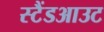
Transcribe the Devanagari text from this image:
स्टैंडआउट